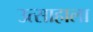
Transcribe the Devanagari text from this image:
उत्साहाला